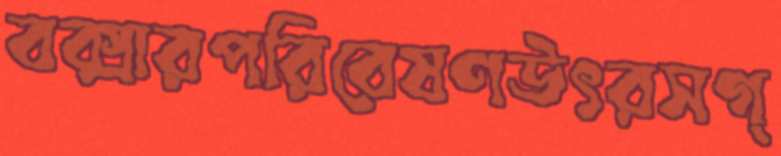
বক্সারপরিবেষণউৎরসগ্